Indian journal of veterinary science and animal husbandry - Volume 3,
Year: 1933
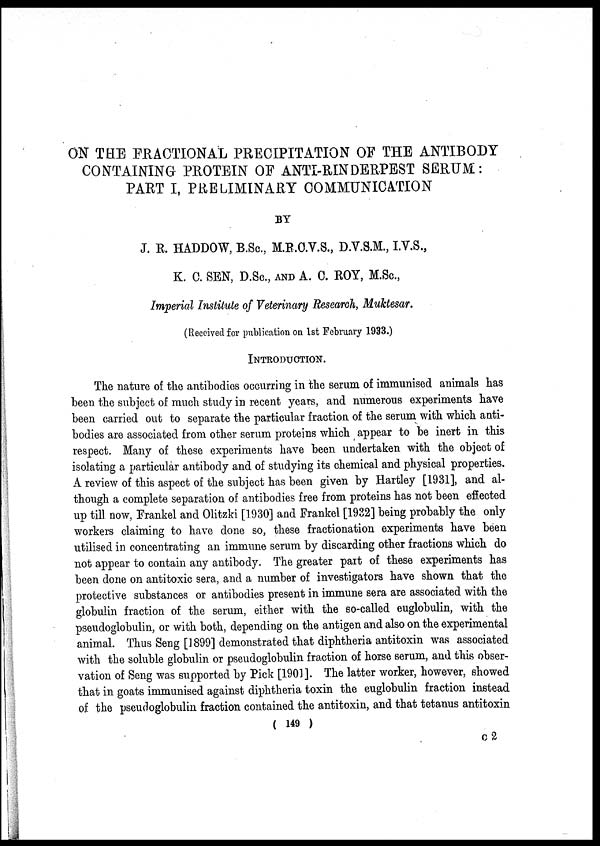
ON THE FRACTIONAL PRECIPITATION OF THE ANTIBODY
CONTAINING PROTEIN OF ANTI-RINDERPEST SERUM:
PART I, PRELIMINARY COMMUNICATION
BY
J. R. HADDOW, B.Sc., M.R.C.V.S., D.V.S.M., I.V.S.,
K. C. SEN, D.Sc., AND A. C. ROY, M.Sc.,
Imperial Institute of Veterinary Research, Muktesar.
(Received for publication on 1st February 1933.)
INTRODUCTION.
The nature of the antibodies occurring in the serum of immunised animals has
been the subject of much study in recent years, and numerous experiments have
been carried out to separate the particular fraction of the serum with which anti-
bodies are associated from other serum proteins which appear to be inert in this
respect. Many of these experiments have been undertaken with the object of
isolating a particular antibody and of studying its chemical and physical properties.
A review of this aspect of the subject has been given by Hartley [1931], and al-
though a complete separation of antibodies free from proteins has not been effected
up till now, Frankel and Olitzki [1930] and Frankel [1932] being probably the only
workers claiming to have done so, these fractionation experiments have been
utilised in concentrating an immune serum by discarding other fractions which do
not appear to contain any antibody. The greater part of these experiments has
been done on antitoxic sera, and a number of investigators have shown that the
protective substances or antibodies present in immune sera are associated with the
globulin fraction of the serum, either with the so-called euglobulin, with the
pseudoglobulin, or with both, depending on the antigen and also on the experimental
animal. Thus Seng [1899] demonstrated that diphtheria antitoxin was associated
with the soluble globulin or pseudoglobulin fraction of horse serum, and this obser-
vation of Seng was supported by Pick [1901]. The latter worker, however, showed
that in goats immunised against diphtheria toxin the euglobulin fraction instead
of the pseudoglobulin fraction contained the antitoxin, and that tetanus antitoxin
( 149 )
C 2